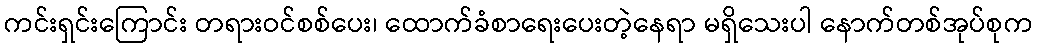
ကင်းရှင်းကြောင်း တရားဝင်စစ်ပေး၊ ထောက်ခံစာရေးပေးတဲ့နေရာ မရှိသေးပါ နောက်တစ်အုပ်စုက